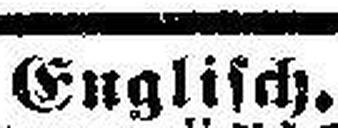
Englisch.